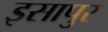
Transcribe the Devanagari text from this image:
इसापुर